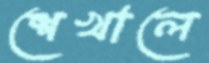
শেখালে